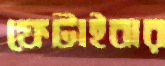
ফেটাইবার